Scotch Education Department, 1915
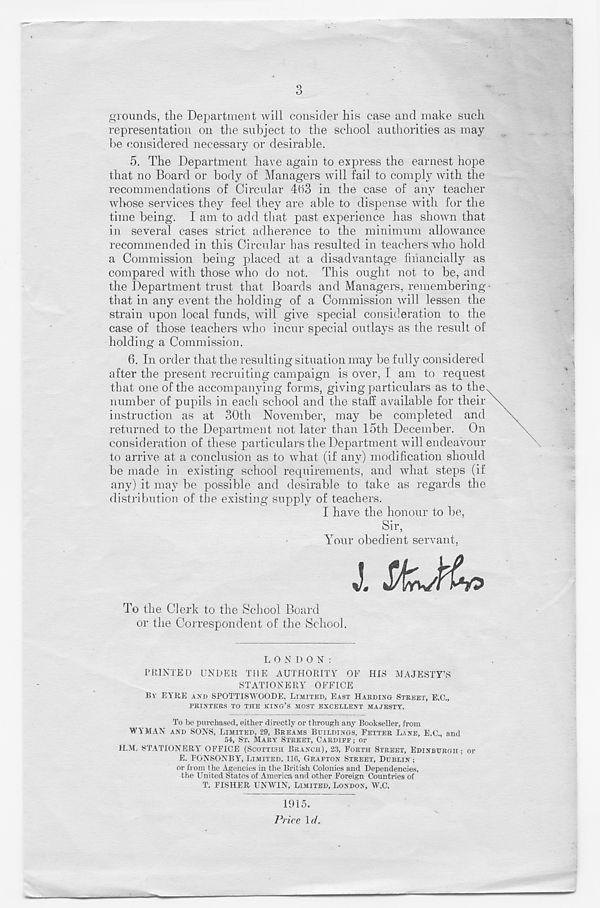
grounds, the Department will consider his case and make such
representation on the subject to the school authorities as may
be considered necessary or desirable.
5. The Department have again to express the earnest hope
that no Board or body of Managers will fail to comply with the
recommendations of Circular 4ti3 in the case of any teacher
whose services they feel they are able to dispense with for the
time being. I am to add that past experience has shown that
in several cases strict adherence to the minimum allowance
recommended in this Circular has resulted in teachers who hold
a Commission being placed at a disadvantage financially as
compared with those who do not. This ought not to be, and
the Department trust that Boards and Managers, remembering
that in any event the holding of a Commission will lessen the
strain upon local funds, will give special consideration to the
case of those teachers who incur special outlays as the result of
holding a Commission.
6. In order that the resulting situation may be fully considered
after the present recruiting campaign is over, I am to request
that one of the accompanying forms, giving particulars as to the
number of pupils in each school and the staff available for their
instruction as at 30th November, may be completed and
returned to the Department not later than 15th December. On
consideration of these particulars the Department will endeavour
to arrive at a conclusion as to what (if any) modification should
be made in existing school requirements, and what steps (if
any) it may be possible and desirable to take as regards the
distribution of the existing supply of teachers.
I have the honour to be,
Sir,
Your obedient servant,
J, SfaJfbp
To the Clerk to the School Board
or the Correspondent of the School.
L O N DON:
PRINTED UNDER THE AUTHORITY OF HIS MAJESTY’S
STATIONERY OFFICE
BY EYRE AifD SPOTTTSWOODE. LIMITED, EAST HARDING STREET, E.C.,
PRINTERS TO THE KING’S MOST EXCELLENT MAJESTY.
To be purchased, either directly or through any Bookseller, from
WYMAN AND SONS, LIMITED, 29, BREAMS BUILDINGS, FETTER LANE, E.C., and
54, ST. MARY STREET, CARDIFF ; or
HAL STATIONERY" OFFICE (SCOTTISH BRANCH), 23, FORTH STREET, EDINBURGH; or
E. FONSONBY, LIMITED, 116, GRAFTON STREET, DUBLIN ;
or from the Agencies in the British Colonies and Dependencies,
the United States of America and other Foreign Countries of
T. FISHER UNWIN, LIMITED, LONDON, W.C.
1915.
Price li/.